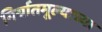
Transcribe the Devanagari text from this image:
निर्यातमूल्याच्या